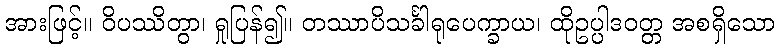
အားဖြင့်။ ဝိပဿိတွာ၊ ရှုပြန်၍။ တဿာပိသင်္ခါရုပေက္ခာယ၊ ထိုဥပ္ပါဒဝတ္တ အစရှိသော